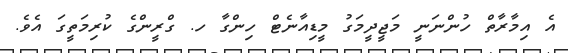
އެ އިމާރާތް ހުންނަނީ މަޖީދީމަގު މީޑިއާނެޓް ހިންގާ ހ. ގްރީންގެ ކުރިމަތީގަ އެވެ.